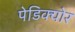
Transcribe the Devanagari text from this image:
पेडिक्‍योर